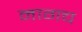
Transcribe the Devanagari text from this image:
नागच